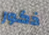
ذكور